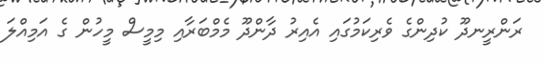
ރަންރީނދޫ ކުދިންގެ ވެރިކަމުގައި އެއިރު ދާންދޫ މެމްބަރާއި މިމީސް މީހުން ގެ އަމިއްލަ